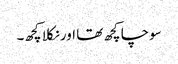
سوچا کچھ تھا اور نکلا کچھ۔